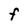
Character: F